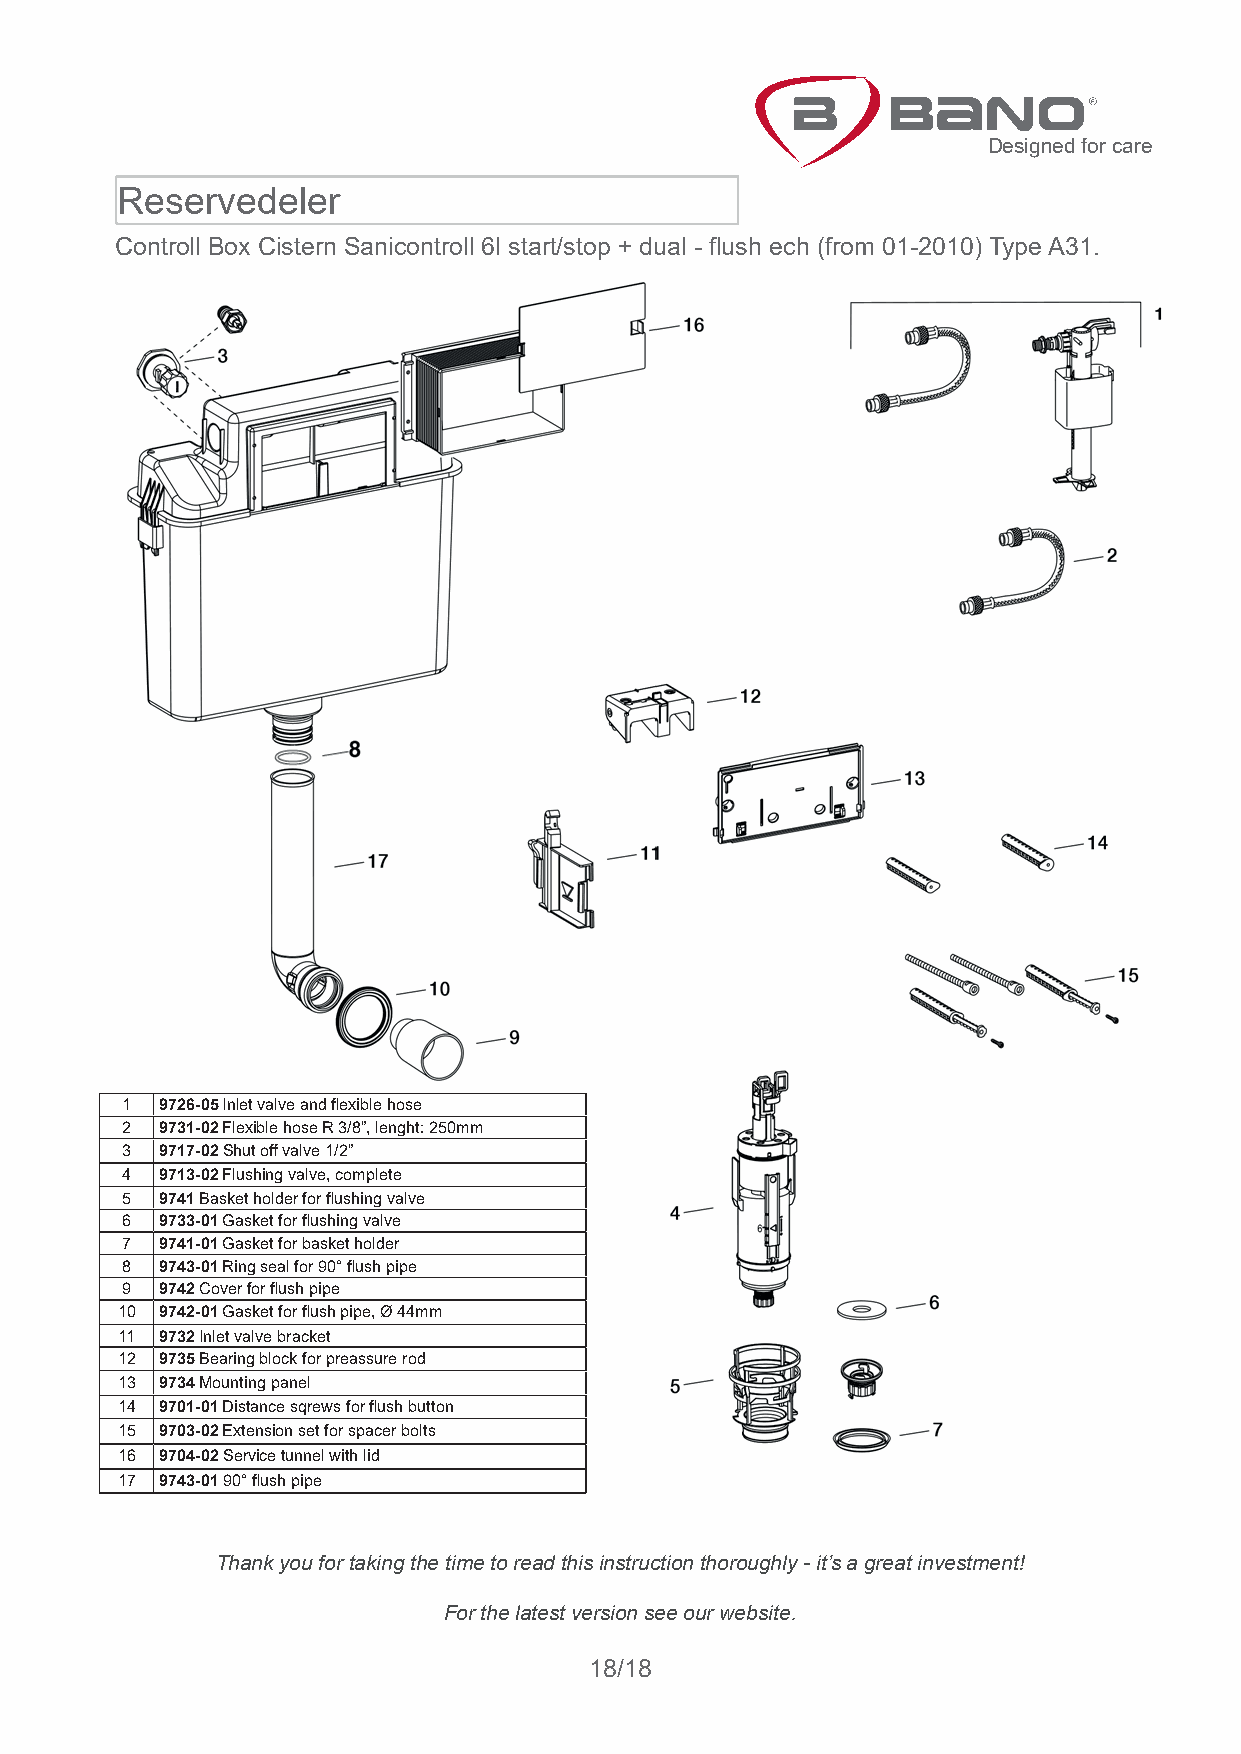
Designed for care
 Reservedeler
 Controll Box Cistern Sanicontroll 6l start/stop + dual - flush ech (from 01-2010) Type A31.
 1  9726-05 Inlet valve and flexible hose
 2  9731-02 Flexible hose R 3/8”, lenght: 250mm
 3  9717-02 Shut off valve 1/2”
 4  9713-02 Flushing valve, complete
 5  9741 Basket holder for flushing valve
 6  9733-01 Gasket for flushing valve
 7  9741-01 Gasket for basket holder
 8  9743-01 Ring seal for 90° flush pipe
 9  9742 Cover for flush pipe
 10 9742-01 Gasket for flush pipe, Ø 44mm
 11 9732 Inlet valve bracket
 12 9735 Bearing block for preassure rod
 13 9734 Mounting panel
 14 9701-01 Distance sqrews for flush button
 15 9703-02 Extension set for spacer bolts
 16 9704-02 Service tunnel with lid
 17 9743-01 90° flush pipe
 Thank you for taking the time to read this instruction thoroughly - it’s a great investment!
 For the latest version see our website.
 18/18